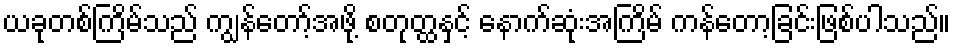
ယခုတစ်ကြိမ်သည် ကျွန်တော့်အဖို့ စတုတ္ထနှင့် နောက်ဆုံးအကြိမ် ကန်တော့ခြင်းဖြစ်ပါသည်။